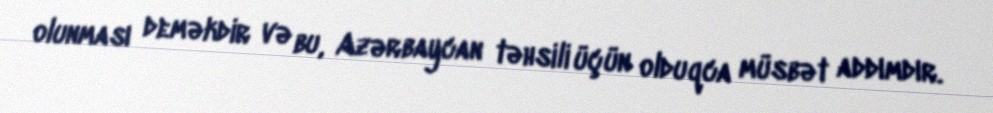
olunması deməkdir və bu, Azərbaycan təhsili üçün olduqca müsbət addımdır.